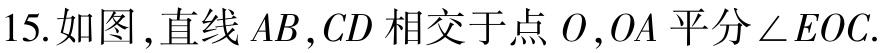
15. 如图，直线 \(AB,CD\) 相交于点 \(O\)，\(OA\) 平分 \(\angle EOC\).